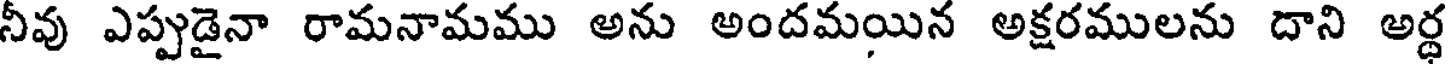
నీవు ఎప్పుడైనా రామనామము అను అందమయిన అక్షరములను దాని అర్ధ